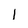
Character: 1